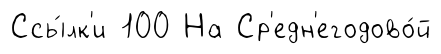
Ссы́лк'и 100 На Ср'едн'егодово́й